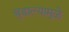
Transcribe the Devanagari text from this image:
बुडाल्यामुळे